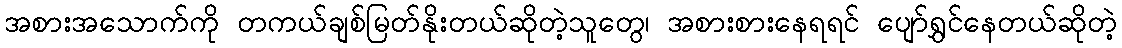
အစားအသောက်ကို တကယ်ချစ်မြတ်နိုးတယ်ဆိုတဲ့သူတွေ၊ အစားစားနေရရင် ပျော်ရွှင်နေတယ်ဆိုတဲ့